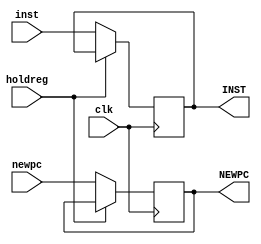
module IF_ID(holdreg,inst,newpc,INST,NEWPC,clk);
input holdreg;
input [31:0] inst,newpc; //newpc is pc+4 (output of the adder)
input clk;
output reg [31:0] INST,NEWPC;
always @(posedge clk)
begin
if(holdreg==0)
  begin
  INST[31:0]<=inst[31:0];
  NEWPC<=newpc;
  end
end
endmodule